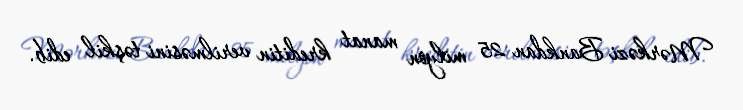
Mərkəzi Bankdan 25 milyon manat kreditin verilməsini təşkil edib.